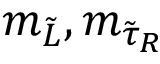
m _ { \tilde { L } } , m _ { { \tilde { \tau } } _ { R } }